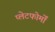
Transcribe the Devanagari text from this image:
प्लेटफोर्मों